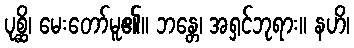
ပုစ္ဆိ၊ မေးတော်မူ၏။ ဘန္တေ၊ အရှင်ဘုရား။ နဟိ၊